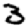
Digit: 3